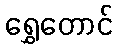
ရွှေတောင်